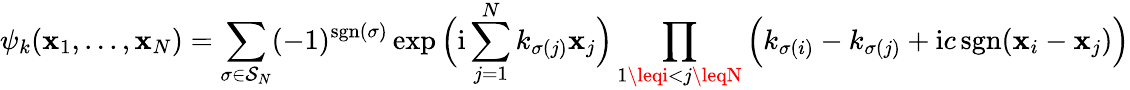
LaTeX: \psi_{k}(\mathbf{x}_{1},...,\mathbf{x}_{N})=\sum_{\sigma\in\mathcal{{S}}_{N}}(-1)^{\mathrm{{sgn}}(\sigma)}\exp\Big(\mathrm{{i}}\sum_{j=1}^{N}k_{\sigma(j)}\mathbf{x}_{j}\Big)\prod_{1\leqi<j\leqN}\Big(k_{\sigma(i)}-k_{\sigma(j)}+\mathrm{{i}}c\, \mathrm{{sgn}}(\mathbf{x}_{i}-\mathbf{x}_{j})\Big)